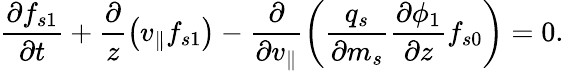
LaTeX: \frac{\partial f_{s1}}{\partial t}+\frac{\partial}{z}\left(v_{\parallel}f_{s1}\right)-\frac{\partial}{\partial v_{\parallel}}\left(\frac{q_{s}}{\partial m_{s}}\frac{\partial\phi_{1}}{\partial z}f_{s0}\right)=0.